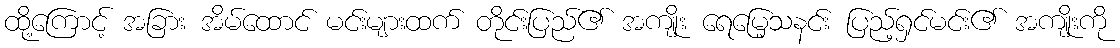
ထို့ကြောင့် အခြား အိမ်ထောင် မင်းများထက် တိုင်းပြည်၏ အကျိုး ရေမြေ့သနင်း ပြည့်ရှင်မင်း၏ အကျိုးကို